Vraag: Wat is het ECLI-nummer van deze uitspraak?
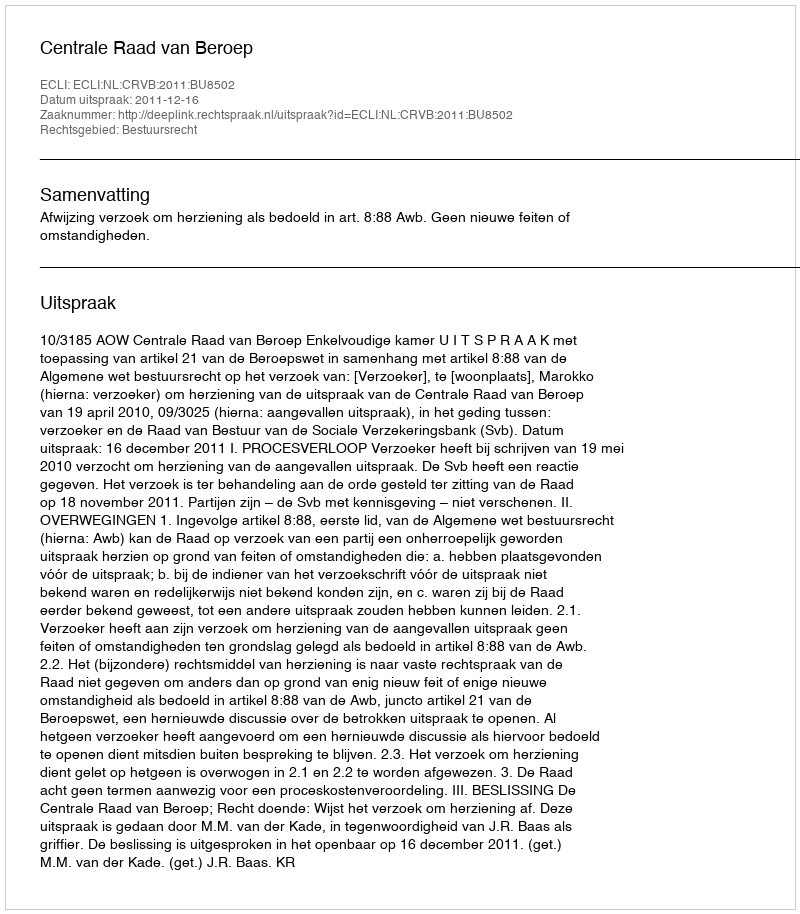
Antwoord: ECLI:NL:CRVB:2011:BU8502